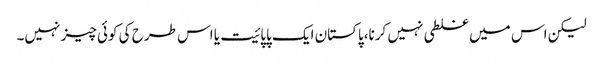
لیکن اس میں غلطی نہیں کرنا،پاکستان ایک پاپائیت یا اس طرح کی کوئی چیز نہیں۔